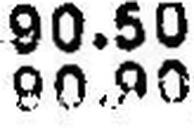
90.90